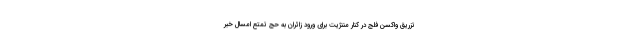
تزریق واکسن فلج در کنار مننژیت برای ورود زائران به حج تمتع امسال خبر